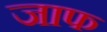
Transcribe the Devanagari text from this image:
जाफ